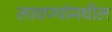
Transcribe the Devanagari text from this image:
लावण्यांमधील